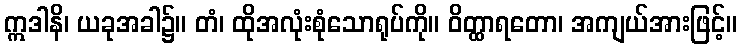
ဣဒါနိ၊ ယခုအခါ၌။ တံ၊ ထိုအလုံးစုံသောရုပ်ကို။ ဝိတ္ထာရတော၊ အကျယ်အားဖြင့်။